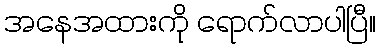
အနေအထားကို ရောက်လာပါပြီ။